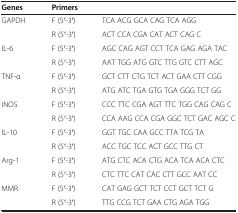
| Genes | <COLSPAN=2> Primers |
 | --- | --- | --- |
 | <ROWSPAN=2> GAPDH | F (5′-3′) | TCA ACG GCA CAG TCA AGG |
 | R (5′-3′) | ACT CCA CGA CAT ACT CAG C |
 | <ROWSPAN=2> IL-6 | F (5′-3′) | AGC CAG AGT CCT TCA GAG AGA TAC |
 | R (5′-3′) | AAT TGG ATG GTC TTG GTC CTT AGC |
 | <ROWSPAN=2> TNF-α | F (5′-3′) | GCT CTT CTG TCT ACT GAA CTT CGG |
 | R (5′-3′) | ATG ATC TGA GTG TGA GGG TCT GG |
 | <ROWSPAN=2> iNOS | F (5′-3′) | CCC TTC CGA AGT TTC TGG CAG CAG C |
 | R (5′-3′) | CCA AAG CCA CGA GGC TCT GAC AGC C |
 | <ROWSPAN=2> IL-10 | F (5′-3′) | GGT TGC CAA GCC TTA TCG TA |
 | R (5′-3′) | ACC TGC TCC ACT GCC TTG CT |
 | <ROWSPAN=2> Arg-1 | F (5′-3′) | ATG CTC ACA CTG ACA TCA ACA CTC |
 | R (5′-3′) | CTC TTC CAT CAC CTT GCC AAT CC |
 | MMR | F (5′-3′) | CAT GAG GCT TCT CCT GCT TCT G |
 |  | R (5′-3′) | TTG CCG TCT GAA CTG AGA TGG |